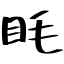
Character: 眊